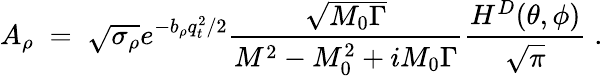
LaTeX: A_{\rho}\; =\; \sqrt{\sigma_{\rho}}e^{-b_{\rho}q_{t}^{2}/2}\frac{\sqrt{M_{0}\Gamma}}{M^{2}-M_{0}^{2}+iM_{0}\Gamma}\frac{H^{D}(\theta,\phi)}{\sqrt{\pi}}\; .